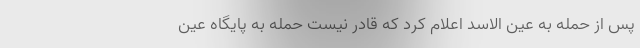
پس از حمله به عین الاسد اعلام کرد که قادر نیست حمله به پایگاه عین